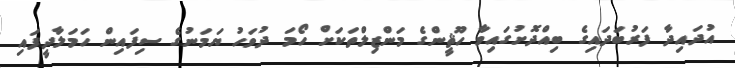
އުދައިދާ ފަރުބަދައިގެ ބިއްދޮށުގައިވާ ހޫޘީންގެ މަންޒިލްތަކަށް ހޯމަ ދުވަހު ޔަމަނުގެ ސިފައިން ހަމަލާދީފައި